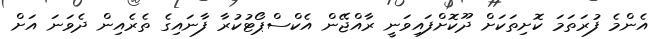
އެންމެ ފުރަތަމަ ކޮށިތަކަށް ދޫކޮށްފައިވަނީ ރާއްޖޭން އެކްސްޕޯޓުކުރާ ފާނައިގެ ތެރެއިން ދެވަނަ އަށް